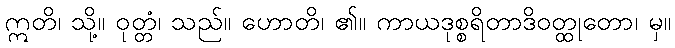
ဣတိ၊ သို့။ ဝုတ္တံ၊ သည်။ ဟောတိ၊ ၏။ ကာယဒုစ္စရိတာဒိဝတ္ထုတော၊ မှ။